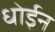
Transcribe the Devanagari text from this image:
धोईन